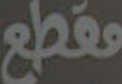
مقطع